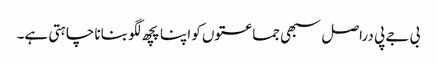
بی جے پی دراصل سبھی جماعتوں کو اپنا پچھ لگو بنانا چاہتی ہے۔